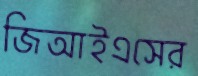
জিআইএসের